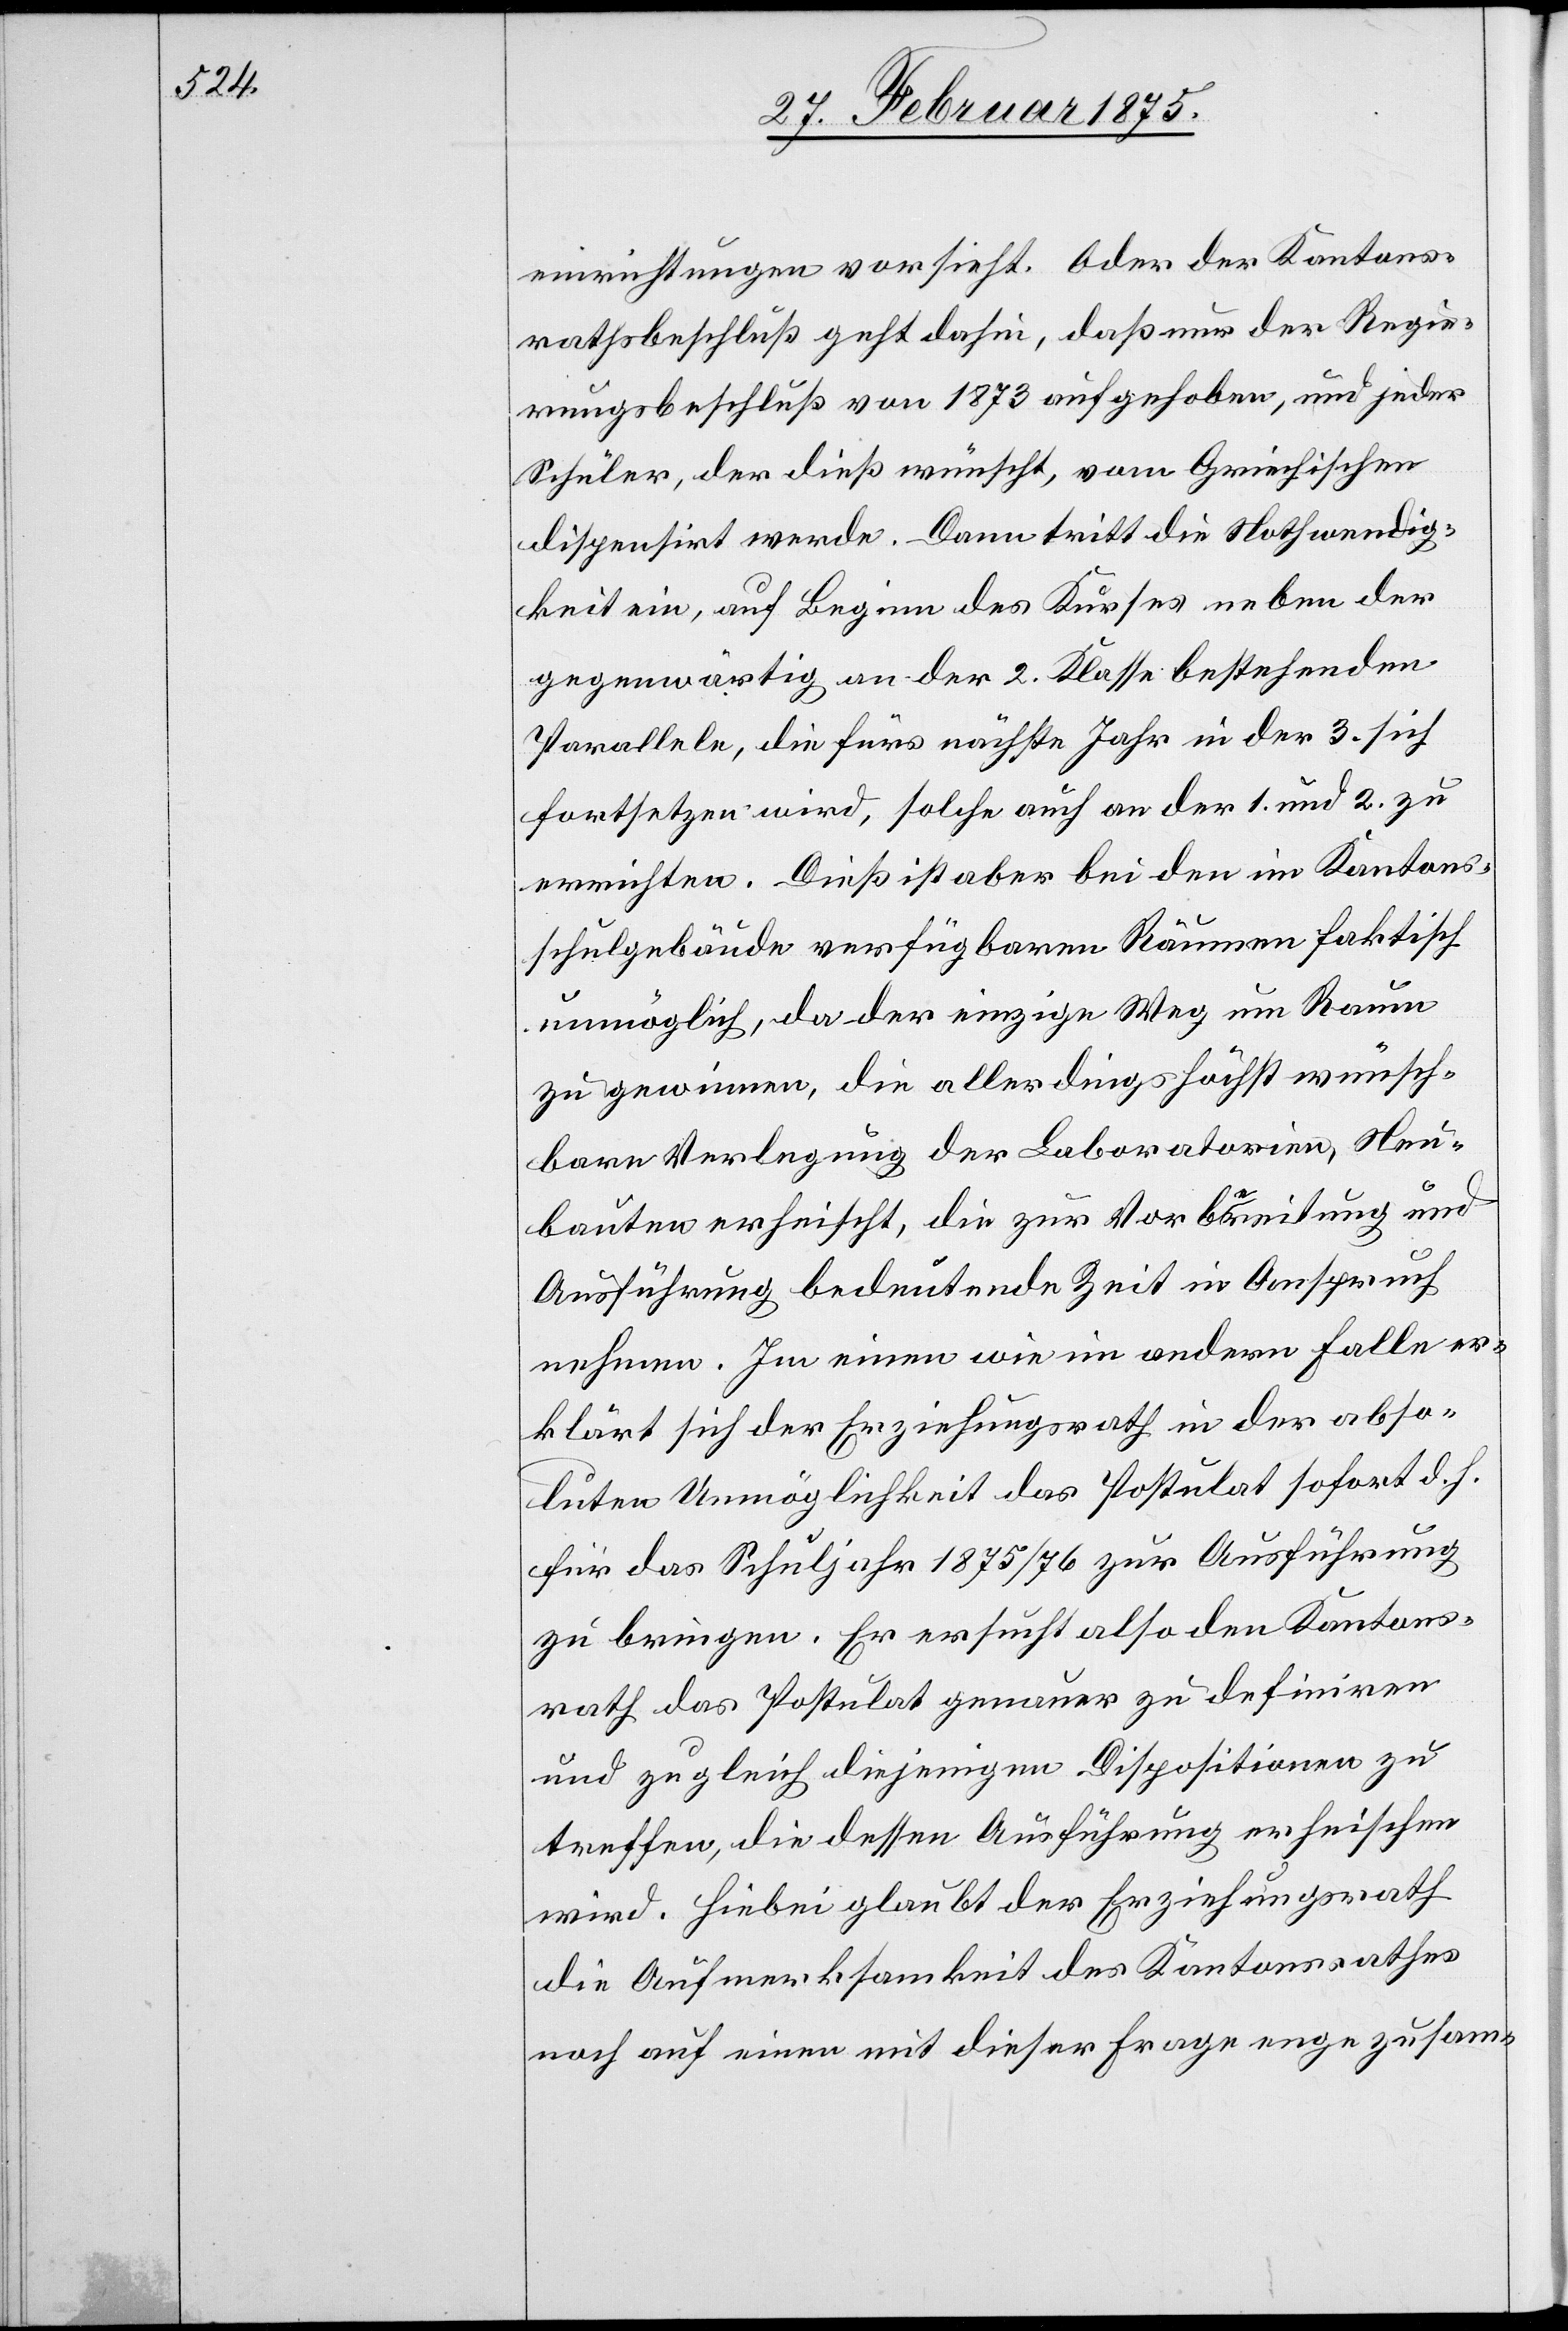
einrichtungen vorsieht. Oder der Kantons¬
rathsbeschluß geht dahin, daß nur der Regie¬
rungsbeschluß von 1873 aufgehoben, und jeder
Schüler, der dieß wünscht, vom Griechischen
dispensirt werde. Dann tritt die Nothwendig¬
keit ein, auf Beginn des Kurses neben der
gegenwärtig an der 2. Klasse bestehenden
Parallele, die fürs nächste Jahr in der 3. sich
fortsetzten wird, solche auch an der 1. und 2. zu
errichten. Dieß ist aber bei den im Kantons¬
schulgebäude verfügbaren Räumen faktisch
unmöglich, da der einzige Weg um Raum
zu gewinnen, die allerdings höchst wünsch¬
bare Verlegung der Laboratorien, Neu¬
bauten erheischt, die zur Vorbereitung und
Ausführung bedeutende Zeit in Anspruch
nehmen. Im einen wie im andern Falle er¬
klärt sich der Erziehungsrath in der abso¬
luten Unmöglichkeit das Postulat sofort d. h.
für das Schuljahr 1875/76 zur Ausführung
zu bringen. Er ersucht also den Kantons¬
rath das Postulat genauer zu definiren
und zugleich diejenigen Dispositionen zu
treffen, die dessen Ausführung erheischen
wird. Hiebei glaubt der Erziehungsrath
die Aufmerksamkeit des Kantonsrathes
noch auf einen mit dieser Frage enge zusam-